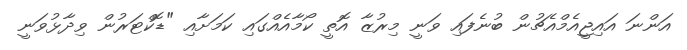
އަންނަ އައިޖީއެމްއެޗުން ބުނެފައި ވަނީ މިރުޒާ އޮތީ ކޯމާއެއްގައި ކަމަށާއި "ޑޮކްޓަރުން ވިދާޅުވަނީ